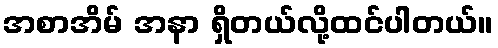
အစာအိမ် အနာ ရှိတယ်လို့ထင်ပါတယ်။